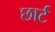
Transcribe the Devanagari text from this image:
छार्ट